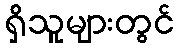
ရှိသူများတွင်